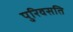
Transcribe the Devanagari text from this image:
पुरिवसति